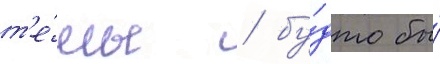
т'е́мы / бу́дто бы́